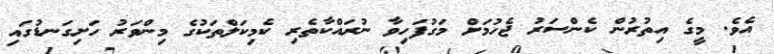
އެވެ. މީގެ އިތުރުން ކެންސަރު ޖެހުމަށް މަގުފަހިވާ ނުރައްކާތެރި ކެމިކަލްތަކުގެ މިންވަރު ހަށިގަނޑުގައި